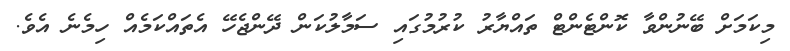
މިކަމަށް ބޭނުންވާ ކޮންޓެންޓް ތައްޔާރު ކުރުމުގައި ސަމާލުކަން ދޭންޖެހޭ އެތައްކަމެއް ހިމެނެ އެވެ.